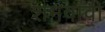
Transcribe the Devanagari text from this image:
शमवावी